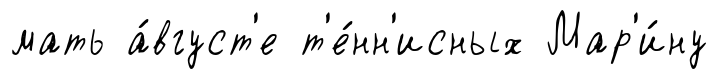
мать а́вгуст'е т'е́нн'исных Мар'и́ну